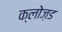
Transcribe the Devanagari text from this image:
क्लोज़ड